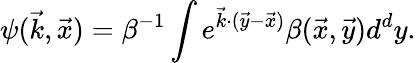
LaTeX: \psi(\vec{k},\vec{x})=\beta^{-1}\int e^{\vec{k}\cdot(\vec{y}-\vec{x})}\beta(\vec{x},\vec{y})d^{d}y.